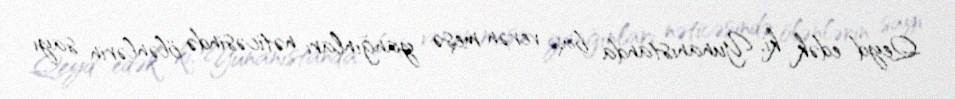
Qeyd edək ki, Yunanıstanda baş verən meşə yanğınları nəticəsində ölənlərin sayı